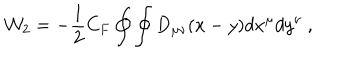
LaTeX: { \cal W } _ { 2 } = - { \frac { 1 } { 2 } } C _ { F } \oint \oint D _ { \mu \nu } ( x - y ) d x ^ { \mu } d y ^ { \nu } \ ,